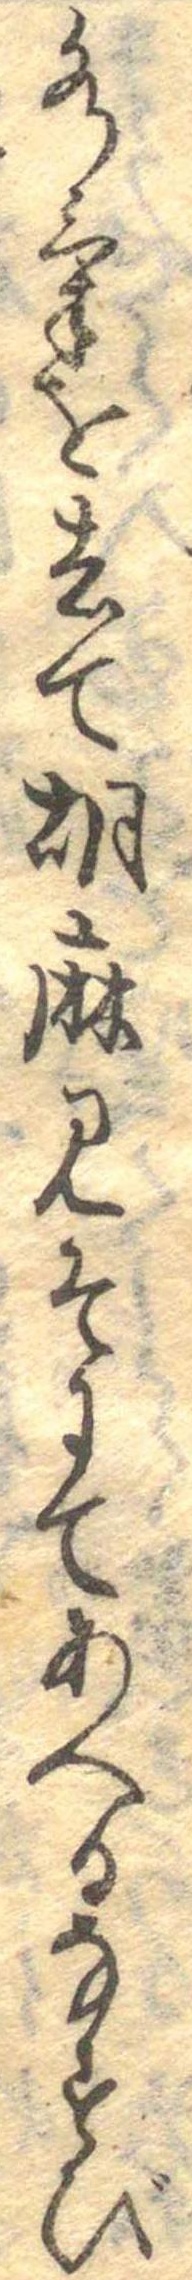
水気を去て胡麻みそにてあへるなすび